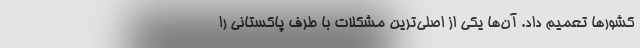
کشورها تعمیم داد. آن‌ها یکی از اصلی‌ترین مشکلات با طرف پاکستانی را